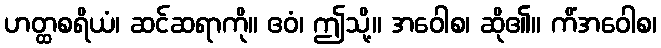
ဟတ္ထစရိယံ၊ ဆင်ဆရာကို။ ဧဝံ၊ ဤသို့။ အဝေါစ၊ ဆို၏။ ကိံအဝေါစ၊